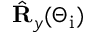
\hat { \mathbf { R } } _ { y } ( \Theta _ { \mathrm { i } } )